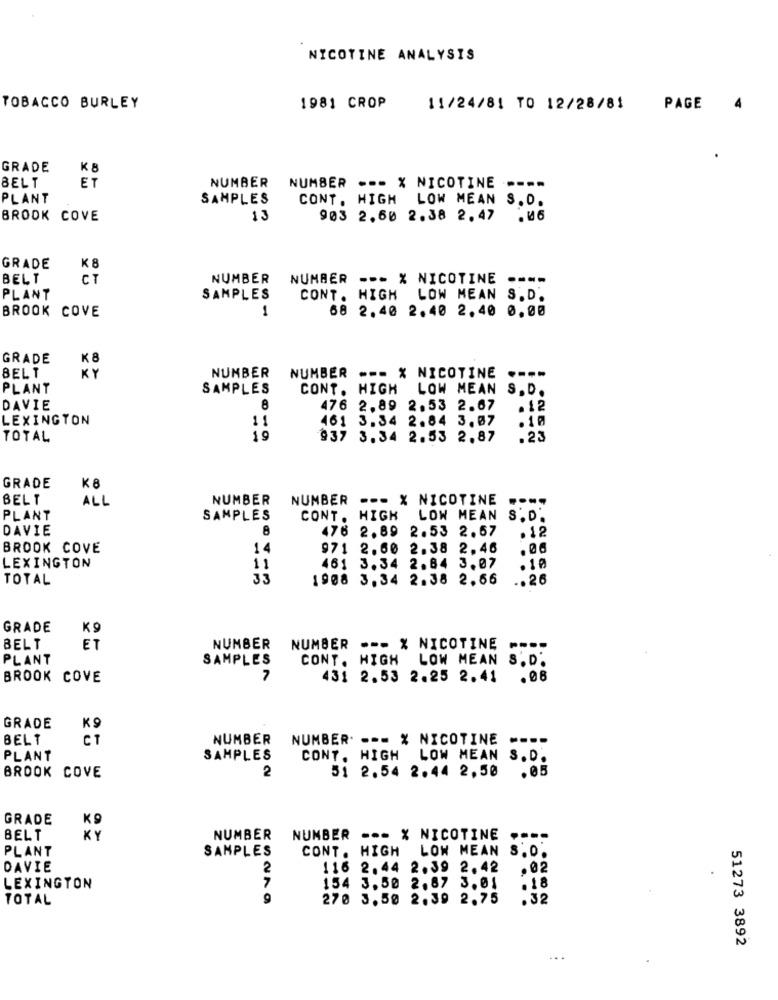
NICOTINE ANALYSIS
TOBACCO BURLEY
1981 CROP
11/24/81 TO 12/28/81
PAGE
4
GRADE
K 8
NUMBER
BELT
ET
NUMBER --- X NICOTINE ----
PLANT
SAMPLES
CONT. HIGH LOW MEAN S.D.
BROOK COVE
13
903 2.60 2.38 2.47
K 8
GRADE
BELT
CT
NUMBER
NUMBER --- X NICOTINE ----
PLANT
SAMPLES
CONT. HIGH LOW MEAN S.D.
BROOK COVE
1
68 2.40 2.40 2.40 0.00
GRADE
----
BELT
NUMBER
NUMBER --- X NICOTINE
PLANT
SAMPLES
CONT. HIGH LOW MEAN S.D.
DAVIE
8
476 2.89 2.53 2.67
.12
LEXINGTON
11
461 3,34 2.84 3.07
.10
TOTAL
19
937 3.34 2.53 2.87
.23
GRADE
K8
BELT
ALL
NUMBER
NUMBER --- X NICOTINE ----
PLANT
SAMPLES
CONT. HIGH LOW MEAN S. D.
DAVIE
8
476 2.89 2.53 2.67
.12
BROOK COVE
971 2.60 2.38 2.46
LEXINGTON
11
461 3.34 2.84 3.07
. 10
TOTAL
33
1908 3.34 2.38 2.66
.. 26
GRADE
K9
BELT
ET
NUMBER
NUMBER --- % NICOTINE ----
PLANT
SAMPLES
CONT. HIGH LOW MEAN S.D'
BROOK COVE
431 2.53 2.25 2.41 .08
K9
GRADE
BELT
CT
NUMBER
NUMBER. --- % NICOTINE ----
PLANT
SAMPLES
CONT. HIGH LOW MEAN S.D.
2
51 2.54 2.44 2,50 .05
BROOK COVE
GRADE
K9
BELT
KY
NUMBER
NUMBER --- X NICOTINE
PLANT
SAMPLES
CONT. HIGH LOW MEAN S.O.
DAVIE
2
116 2.44 2.39 2.42
.02
7
LEXINGTON
154 3.50 2.87 3.01
.18
TOTAL
9
270 3.50 2.39 2.75
.32
51273 3892